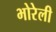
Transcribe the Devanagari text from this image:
भोरेली